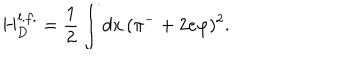
H _ { D } ^ { l . f . } = \frac { 1 } { 2 } \int d x \, ( \pi ^ { - } + 2 e \varphi ) ^ { 2 } .